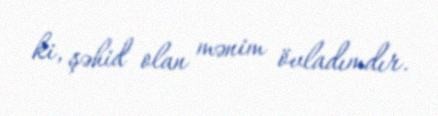
ki, şəhid olan mənim övladımdır.